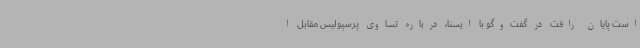
است پایان رافت در گفت‌وگو با ایسنا، درباره تساوی پرسپولیس مقابل ا